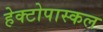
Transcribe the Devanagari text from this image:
हेक्टोपास्कल